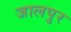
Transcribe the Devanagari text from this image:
जालपुर